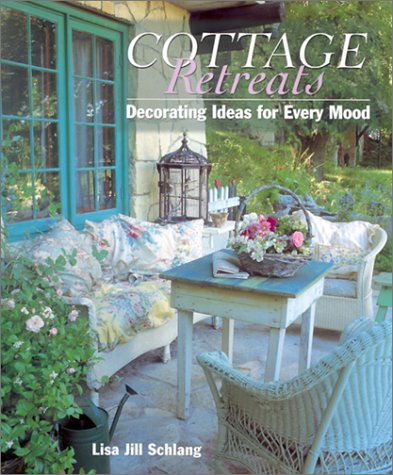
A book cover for COTTAGE RETREATS: Decorating Ideas For Every Mood; Lisa Jill Schlang; Crafts, Hobbies & Home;